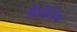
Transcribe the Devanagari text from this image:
विनेमेम